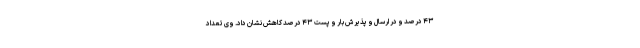
۴۳ درصد و در ارسال و پذیرش بار و پست ۴۳ درصد کاهش نشان داد. وی تعداد